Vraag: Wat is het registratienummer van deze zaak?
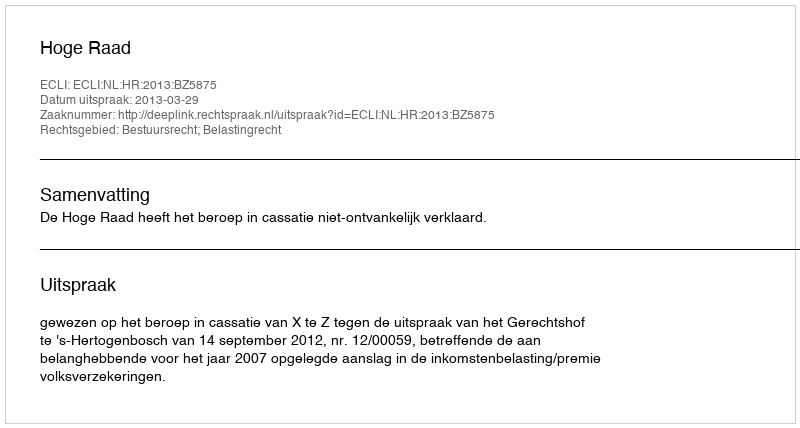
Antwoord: http://deeplink.rechtspraak.nl/uitspraak?id=ECLI:NL:HR:2013:BZ5875